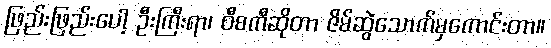
ဖြည်းဖြည်းပေါ့ ဦးကြီးရာ၊ ဝီစကီဆိုတာ ဇိမ်ဆွဲသောက်မှကောင်းတာ။